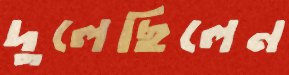
দুলেছিলেন